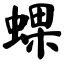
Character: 蜾